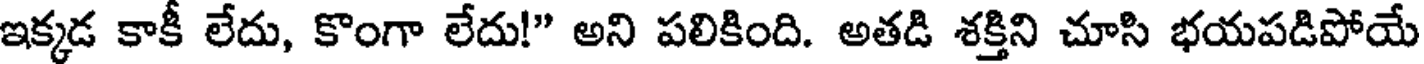
ఇక్కడ కాకీ లేదు, కొంగా లేదు!" అని పలికింది. అతడి శక్తిని చూసి భయపడిపోయే